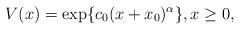
LaTeX: \begin{align*}V(x) = \exp\{c_0 (x + x_0)^{\alpha}\},x \ge 0,\end{align*}